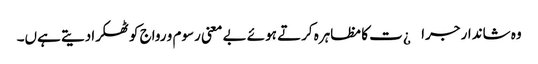
وہ شاندار جرا¿ت کا مظاہرہ کرتے ہوئے بے معنی رسوم و رواج کو ٹھکرادیتے ہےں۔